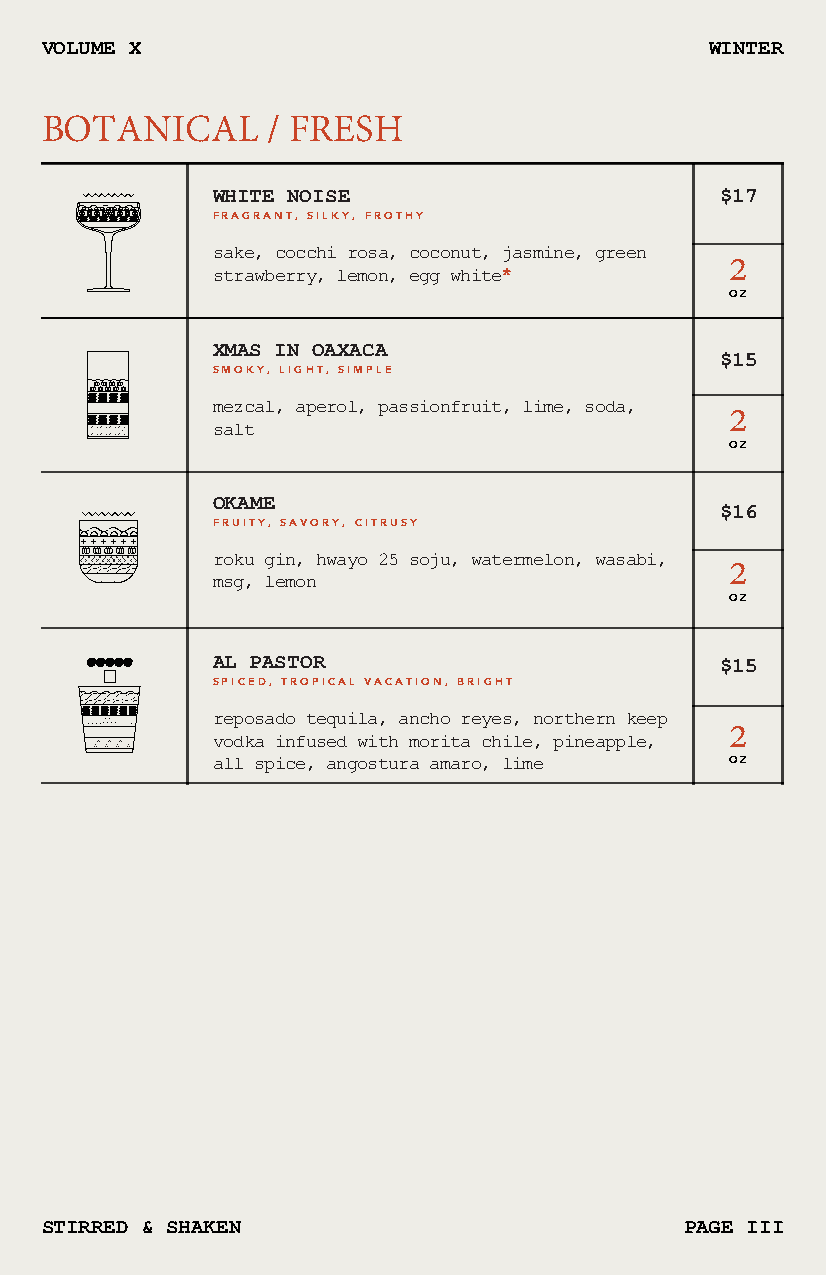
VOLUME X                                    WINTER
 BOTANICAL      / FRESH
 WHITE NOISE                       $17
 FRAGRANT, SILKY, FROTHY
 sake, cocchi rosa, coconut, jasmine, green 2
 strawberry, lemon, egg white*
 OZ
 XMAS IN OAXACA
 $15
 SMOKY, LIGHT, SIMPLE
 mezcal, aperol, passionfruit, lime, soda, 2
 salt
 OZ
 OKAME
 $16
 FRUITY, SAVORY, CITRUSY
 roku gin, hwayo 25 soju, watermelon, wasabi, 2
 msg, lemon
 OZ
 AL PASTOR                         $15
 SPICED, TROPICAL VACATION, BRIGHT
 reposado tequila, ancho reyes, northern keep 2
 vodka infused with morita chile, pineapple,
 all spice, angostura amaro, lime  OZ
 STIRRED & SHAKEN                          PAGE III